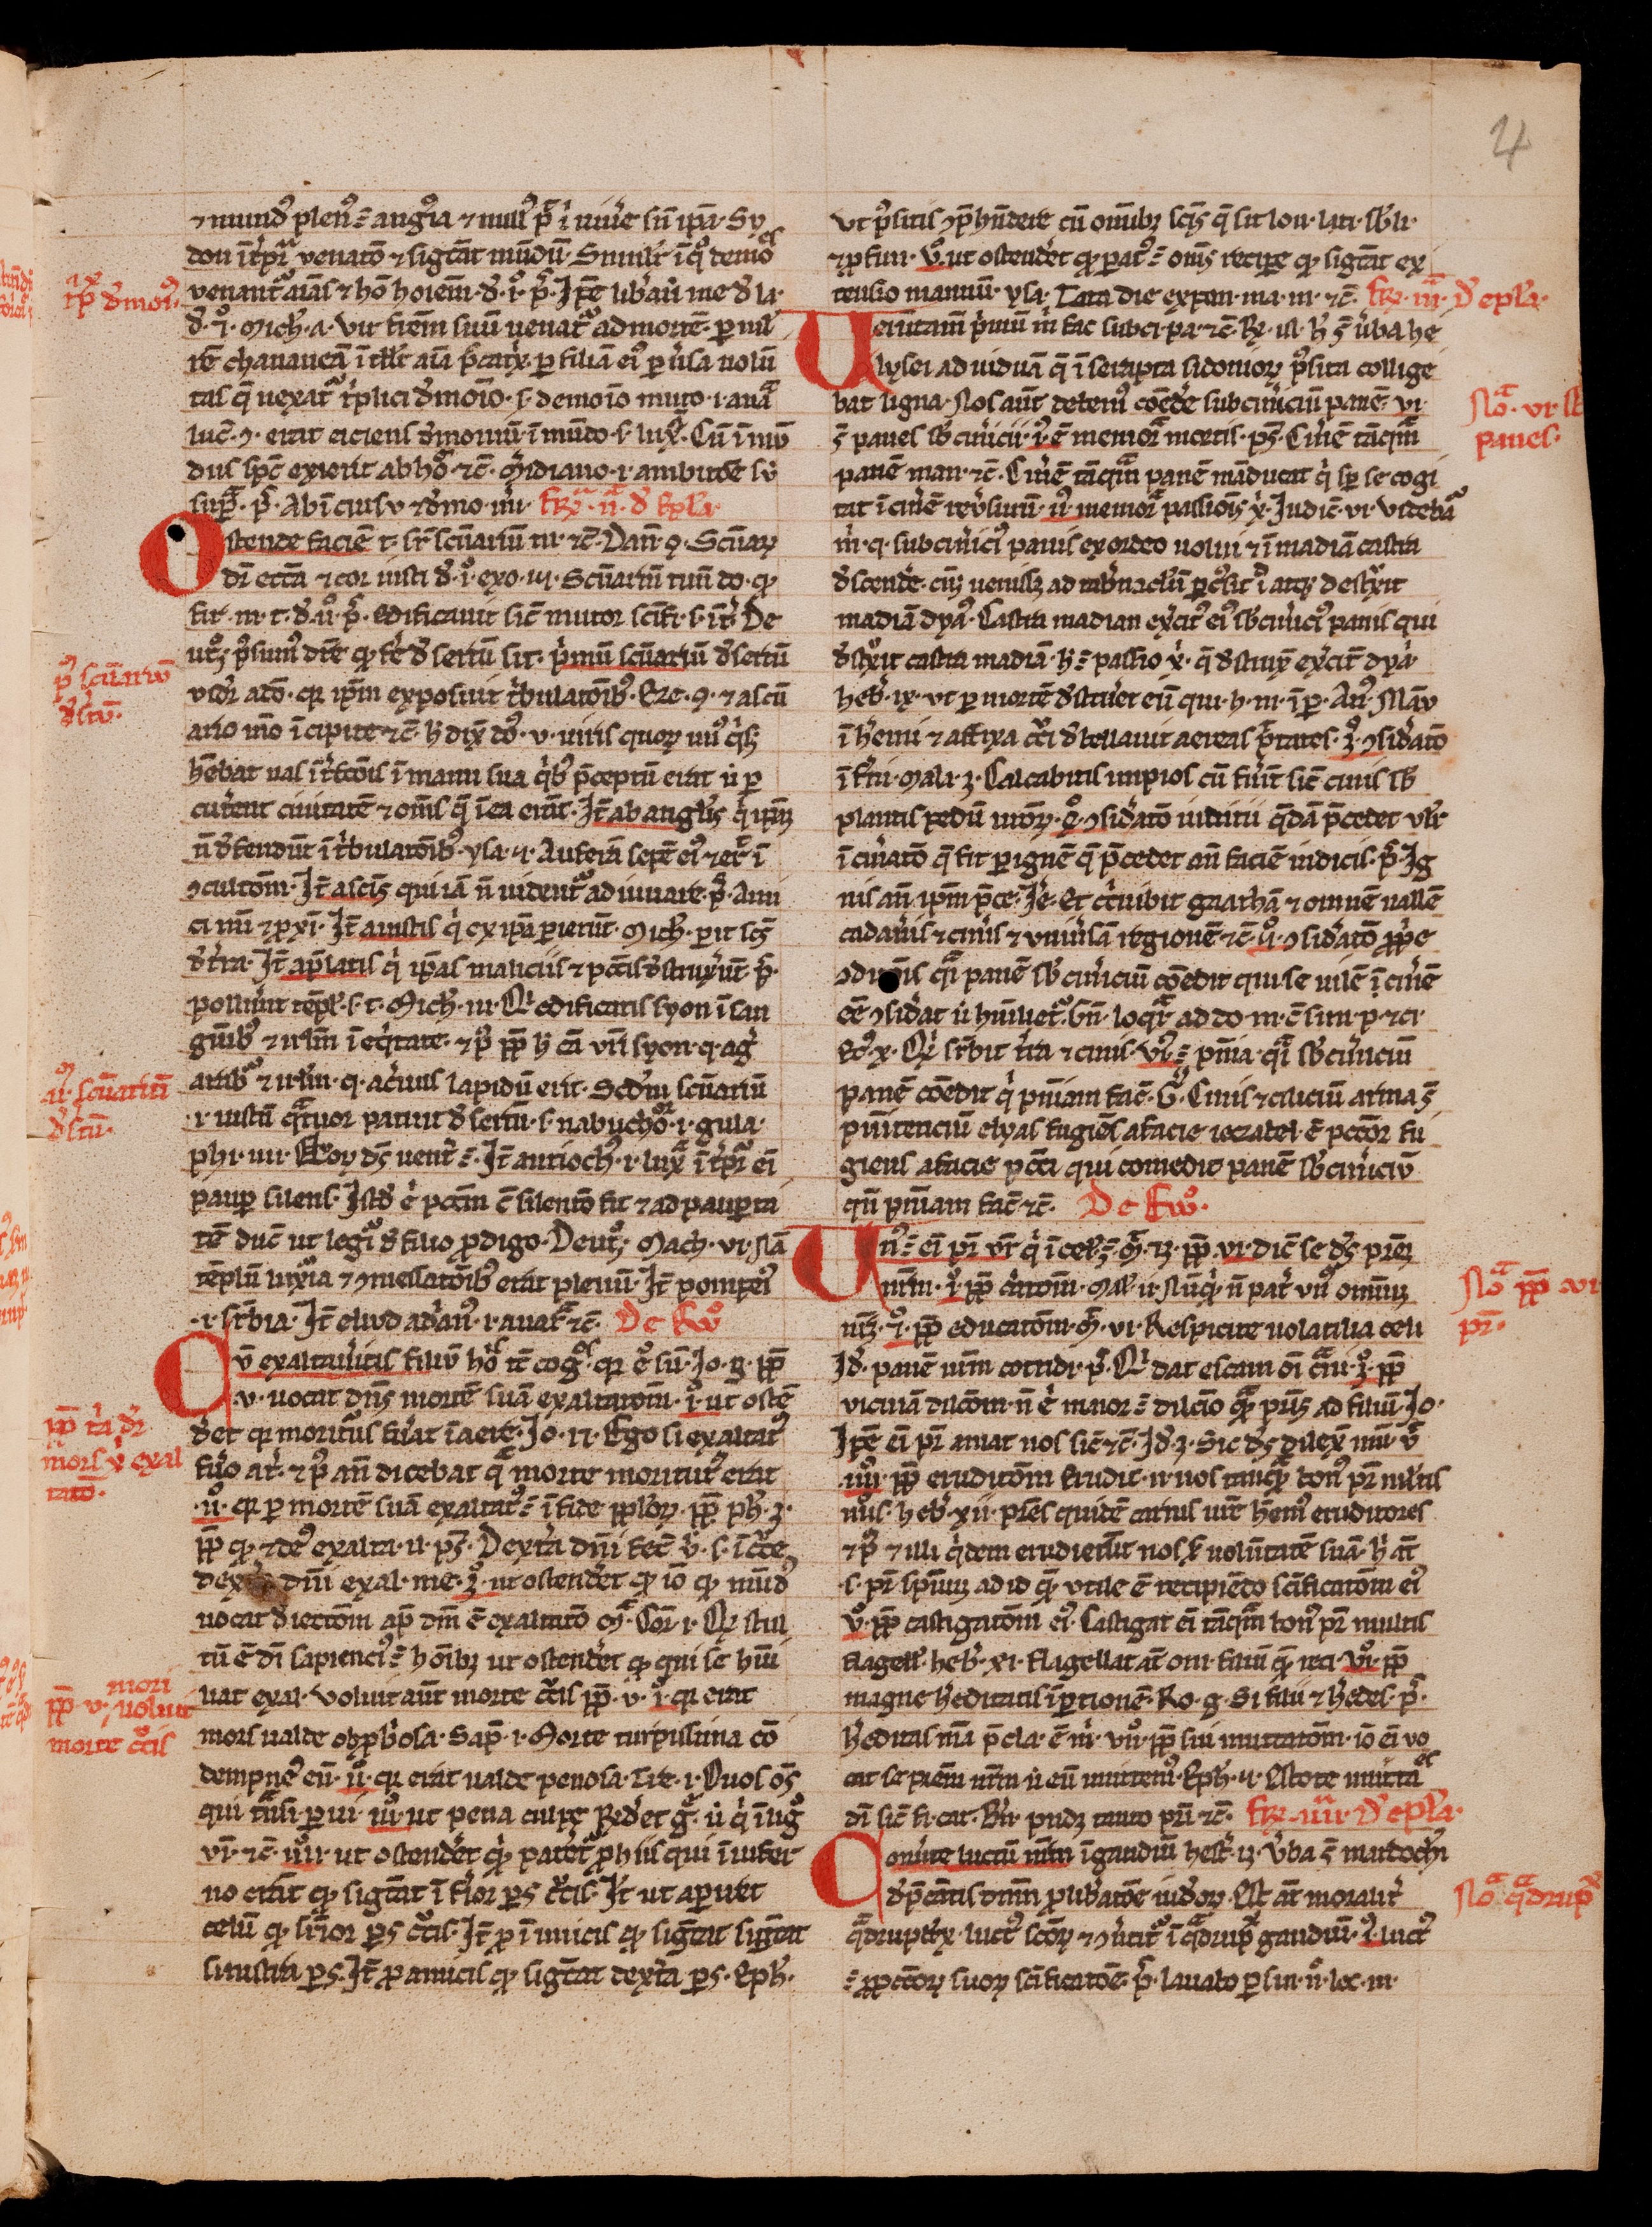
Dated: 1300–1399